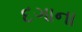
દગાના